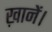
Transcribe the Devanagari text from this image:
ख़ानें।